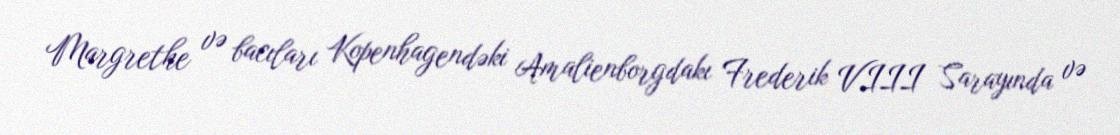
Margrethe və bacıları Kopenhagendəki Amalienborgdakı Frederik VIII Sarayında və